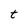
Character: t